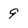
Character: 9